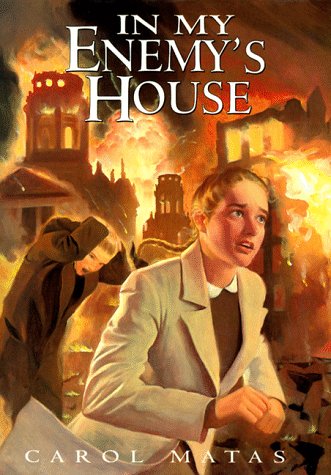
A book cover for In My Enemy's House; Carol Matas; Teen & Young Adult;